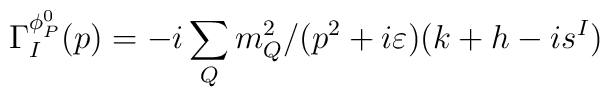
\Gamma_I^{\phi_P^0}(p)=-i\sum_{Q}m_Q^2/(p^2+i\varepsilon)(k+h-is^I)